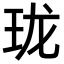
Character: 珑